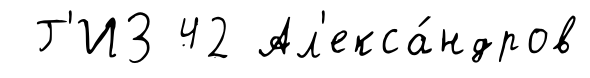
Г'ИЗ 42 Ал'екса́ндров